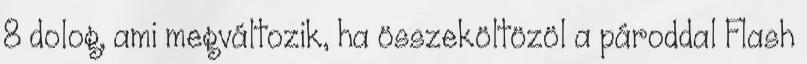
8 dolog, ami megváltozik, ha összeköltözöl a pároddal Flash